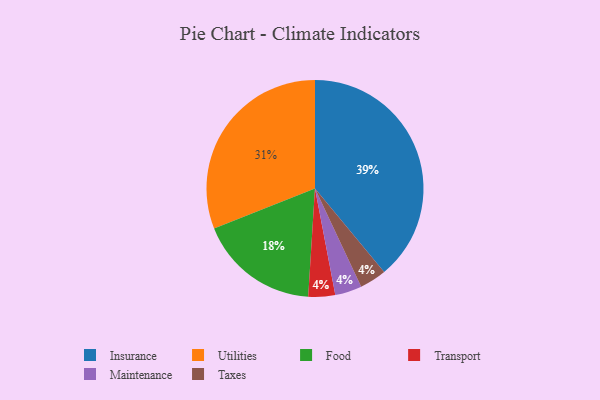
{"axis": {"x": "Category", "y": "Percentage"}, "legend": ["Food", "Insurance", "Maintenance", "Taxes", "Transport", "Utilities"], "data": [{"x": "Transport", "y": 4, "type": "Transport"}, {"x": "Utilities", "y": 31, "type": "Utilities"}, {"x": "Maintenance", "y": 4, "type": "Maintenance"}, {"x": "Food", "y": 18, "type": "Food"}, {"x": "Taxes", "y": 4, "type": "Taxes"}, {"x": "Insurance", "y": 39, "type": "Insurance"}]}